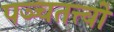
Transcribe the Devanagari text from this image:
पञ्चतत्त्वों